Tezpur Lunatic Asylum reports 1877-1894 - 1877-1894
Year: 1877
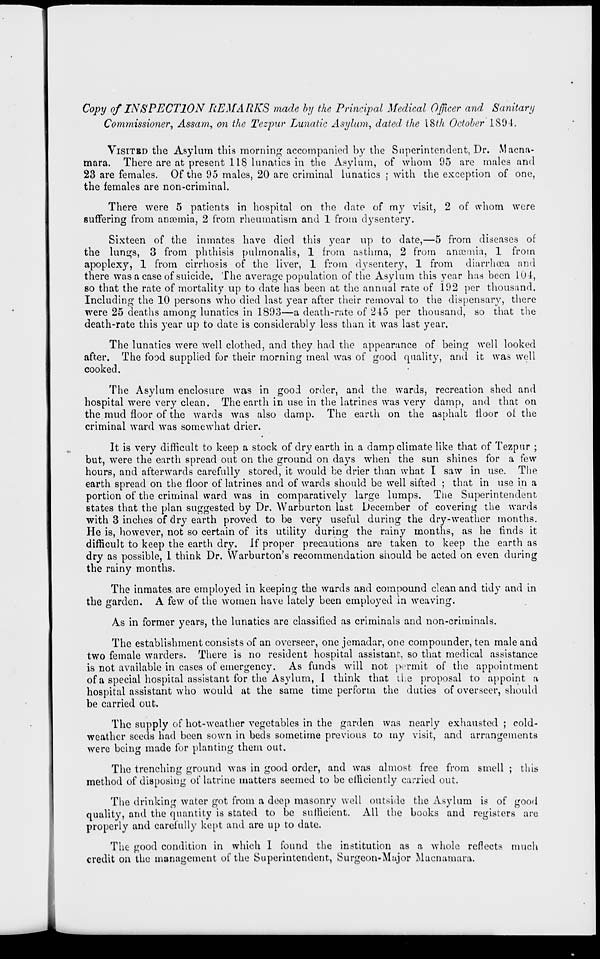
Copy of INSPECTION REMARKS made by the Principal Medical Officer and Sanitary
Commissioner, Assam, on the Tezpur Lunatic Asylum, dated the \§th October 1804.
VISITBD the Asylum this morning accompanied by the Superintendent, Dr. Macna-
mara. There are at present 118 lunatics in the Asylum, of whom 95 are males and
23 are females. Of the 95 males, 20 are criminal lunatics ; with the exception of one,
the females are non-criminal.
There were 5 patients in hospital on the date of my visit, 2 of whom were
suffering from ancemia, 2 from rheumatism and 1 from dysentery.
Sixteen of the inmates have died this year up to date,—5 from diseases of
the lungs, 3 from phthisis pulmonalis, 1 from asthma, 2 from anaemia, 1 from
apoplexy, 1 from cirrhosis of the liver, 1 from dysentery, 1 from diarrhoea and
there was a case of suicide. The average population of the Asylum this year has been 101,
so that the rate of mortality up to date has been at the annual rate of 192 per thousand.
Including the 10 persons who died last year after their removal to the dispensary, there
were 25 deaths among lunatics in 1893—a death-rate of 245 per thousand, so that the
death-rate this year up to date is considerably less than it was last year.
The lunatics were well clothed, and they had the appearance of being well looked
after. The food supplied for their morning meal was of good quality, and it was well
cooked.
The Asylum enclosure was in good order, and the wards, recreation shed and
hospital were very clean. The earth in use in the latrines was very damp, and that on
the mud floor of the wards was also damp. The earth on the asphalt floor of the
criminal ward was somewhat drier.
It is very difficult to keep a stock of dry earth in a damp climate like that of Tezpur ;
but, were the earth spread out on the ground on days when the sun shines for a few
hours, and afterwards carefully stored, it would be drier than what I saw in use. The
earth spread on the floor of latrines and of wards should be well sifted ; that in use in a
portion of the criminal ward was in comparatively large lumps. The Superintendent
states that the plan suggested by Dr. Warburton last December of covering the wards
with 3 inches of dry earth proved to be very useful during the dry-weather months.
He is, however, not so certain of its utility during the rainy months, as he finds it
difficult to keep the earth dry. If proper precautions are taken to keep the earth as
dry as possible, 1 think Dr. Warburton's recommendation should be acted on even during
the rainy months.
The inmates are employed in keeping the wards and compound clean and tidy and in
the garden. A few of the women have lately been employed in weaving.
As in former years, the lunatics are classified as criminals and non-criminals.
The establishment consists of an overseer, one jemadar, one compounder, ten male and
two female warders. There is no resident hospital assistant, so that medical assistance
is not available in cases of emergency. As funds will not permit of the appointment
of a special hospital assistant for the Asylum, I think that lie proposal to appoint a
hospital assistant who would at the same time perform the duties of overseer, should
be carried out.
The supply of hot-weather vegetables in the garden was nearly exhausted ; cold-
weather seeds had been sown in beds sometime previous to my visit, and arrangements
were being made for planting them out.
The trenching ground was in good order, and was almost free from smell ; this
method of disposing of latrine matters seemed to be efficiently carried out.
The drinking water got from a deep masonry well outside the Asylum is of good
quality, and the quantity is stated to be sufficient. All the books and registers are
properly and carefully kept and are up to date.
The good condition in which 1 found the institution as a whole reflects much
credit on the management of the Superintendent, Surgeon-Major Macnamara.